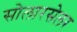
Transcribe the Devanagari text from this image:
सोलारसेलर